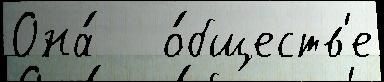
Она́   о́бществ'е